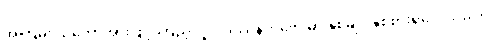
အကြမ်း သဘောအားဖြင့် ကြည့်လျှင် ဒဿနိကဗေဒမှာ နှစ်မျိုး နှစ်စားရှိလေသည်။